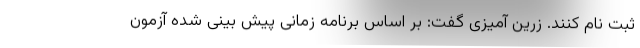
ثبت نام کنند. زرین آمیزی گفت: بر اساس برنامه زمانی پیش بینی شده آزمون